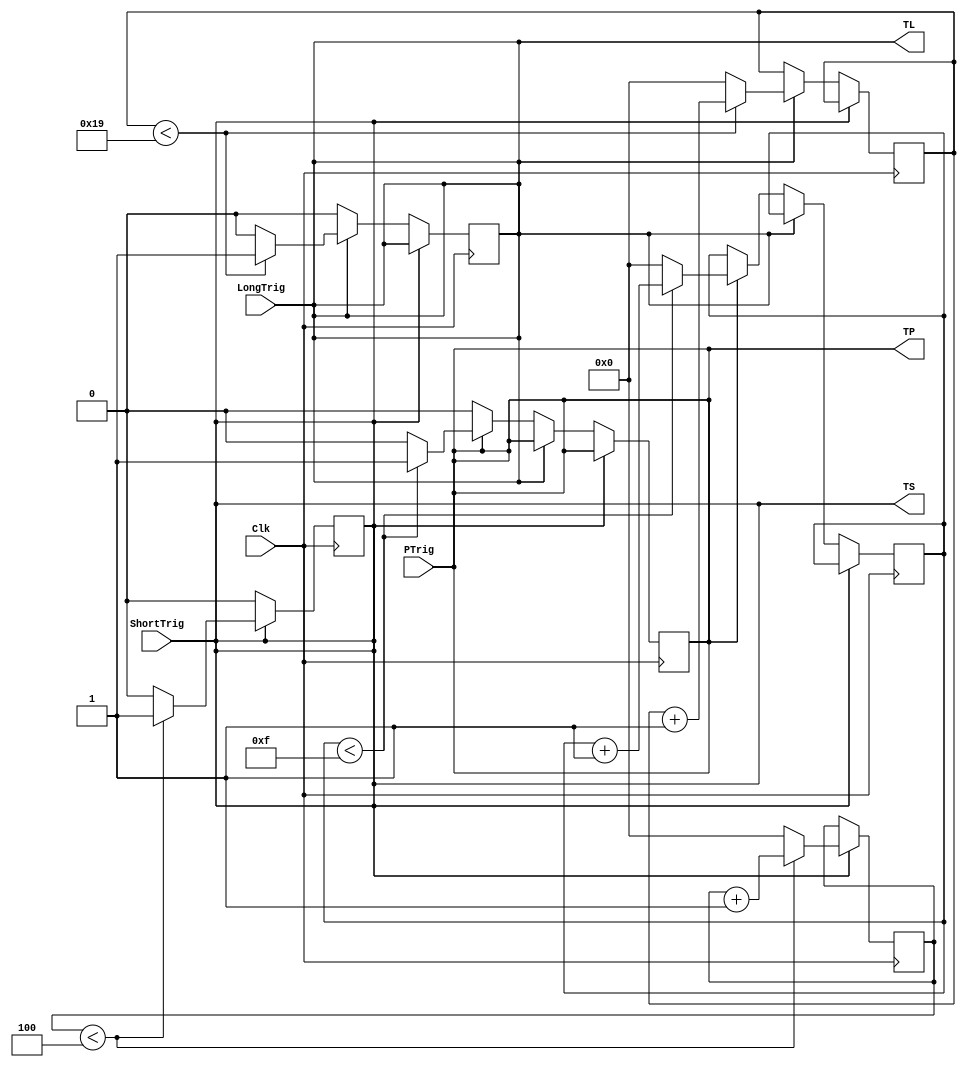
`timescale 1ns / 1ps
//////////////////////////////////////////////////////////////////////////////////
// Company: 
// Engineer: 
// 
// Design Name: 
// Module Name: TimerCircuits
// Project Name: 
// Target Devices: 
// Tool Versions: 
// Description: 
// 
// Dependencies: 
// 
// Revision:
// Revision 0.01 - File Created
// Additional Comments:
// 
//////////////////////////////////////////////////////////////////////////////////


module TimerCircuits(LongTrig, ShortTrig, PTrig, Clk, TS, TL, TP);
   input      LongTrig;     
   input      ShortTrig;
   input      PTrig;
   input      Clk;
   output  reg  TS;
   output  reg  TL;
   output  reg  TP;
   
   reg [4:0] SetCountLong;    
   reg [4:0] SetCountShort;
   reg [4:0] SetCountP;
   
   reg [4:0] count1;    
   reg [4:0] count2;
   reg [4:0] count3;
   
   
   initial 
       begin 
            SetCountLong<=25; SetCountShort<=4; SetCountP<=15;
            count1<=0; count2<=0; count3<=0;
            TS <= 0; TL <= 0; TP <= 0;
       end       
       always @( ShortTrig  or LongTrig or PTrig)
       begin   
            TS <=  ShortTrig & 1'b1; TL <=LongTrig & 1'b1; TP<=PTrig & 1'b1;
       end       
       always@(posedge  Clk  )
       begin    
            if( ShortTrig) 
                if(count1<SetCountShort)
                    count1 <= count1 + 1 ;
                else
                    begin   
                        count1 <= 0; TS <= 0;      
                    end     
            else if (LongTrig)
                 if(count2<SetCountLong)
                    count2 <= count2 + 1;
                 else
                     begin   
                         count2 <= 0; TL <= 0;      
                     end
             else if (PTrig)
                  if(count3<SetCountP)
                     count3 <= count3 + 1;
                  else
                      begin
                          count3 <= 0; TP <= 0;
                      end
        end         
endmodule